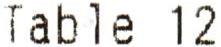
TABLE 12